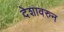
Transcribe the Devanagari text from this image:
देशावरुन